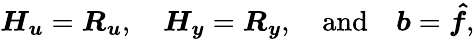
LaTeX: \boldsymbol{H_{u}}=\boldsymbol{R_{u}},\quad\boldsymbol{H_{y}}=\boldsymbol{R_{y}},\quad\mathrm{and}\quad\boldsymbol{b}=\boldsymbol{\hat{f}},